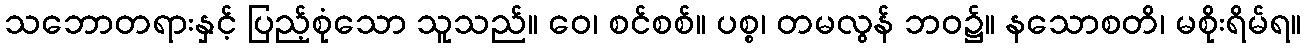
သဘောတရားနှင့် ပြည့်စုံသော သူသည်။ ဝေ၊ စင်စစ်။ ပစ္စ၊ တမလွန် ဘဝ၌။ နသောစတိ၊ မစိုးရိမ်ရ။